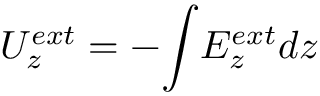
{ U _ { z } ^ { e x t } } = - { \int } { E _ { z } ^ { e x t } } { d z }